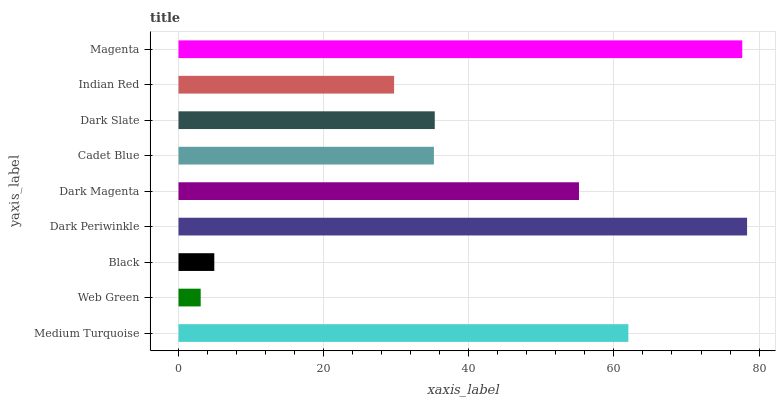
| yaxis_label | bars |
 | --- | --- |
 | Medium Turquoise | 62 |
 | Web Green | 3.06 |
 | Black | 4.93 |
 | Dark Periwinkle | 78.3 |
 | Dark Magenta | 55.2 |
 | Cadet Blue | 35.2 |
 | Dark Slate | 35.3 |
 | Indian Red | 29.7 |
 | Magenta | 77.7 |